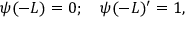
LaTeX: \psi ( - L ) = 0 ; \quad \psi ( - L ) ^ { \prime } = 1 ,